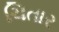
ચિતાર